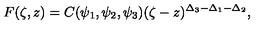
F ( \zeta , z ) = C ( \psi _ { 1 } , \psi _ { 2 } , \psi _ { 3 } ) ( \zeta - z ) ^ { \Delta _ { 3 } - \Delta _ { 1 } - \Delta _ { 2 } } ,